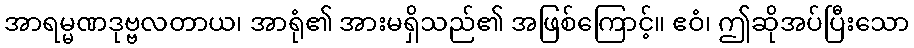
အာရမ္မဏဒုဗ္ဗလတာယ၊ အာရုံ၏ အားမရှိသည်၏ အဖြစ်ကြောင့်။ ဧဝံ၊ ဤဆိုအပ်ပြီးသော